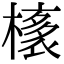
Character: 橠